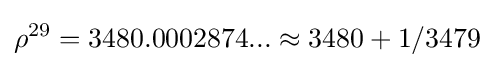
\rho ^{29}=3480.0002874...\approx 3480+1/3479